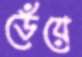
ডেঁয়ে